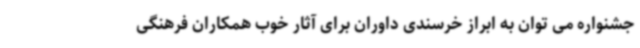
جشنواره می توان به ابراز خرسندی داوران برای آثار خوب همکاران فرهنگی